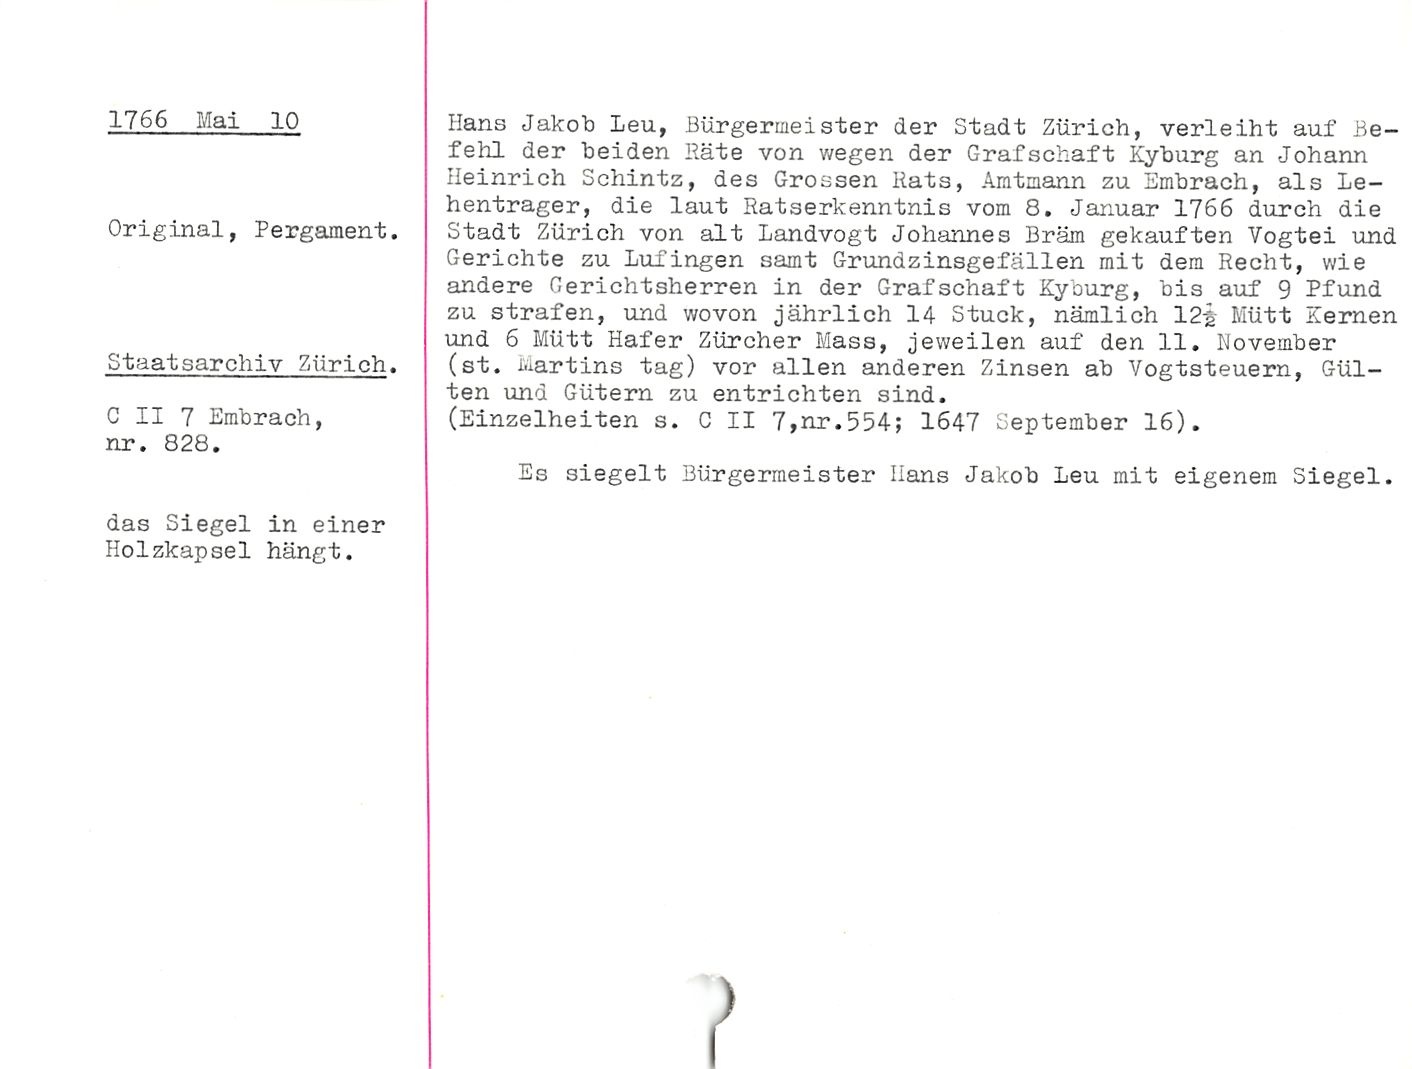
1766 Mai 10

Original, Pergament.

Staatsarchiv Zürich.

C II 7 Embrach,
nr. 828.

Hans Jakob Leu, Bürgermeister der Stadt Zürich, verleiht auf Be¬
fehl der beiden Bäte von wegen der Grafschaft Kyburg an Johann
Heinrich Schintz, des Grossen Rats, Amtmann zu Embrach, als Le-
hentrager, die laut Ratserkenntnis vom 6. Januar 1766 durch die
Stadt Zürich von alt Landvogt Johannes Bräm gekauften Vogtei und
Gerichte zu Lufingen samt Grundzinsgefällen mit dem Recht, wie
andere Gerichtsherren in der Grafschaft Kyburg, bis auf 9 Pfund
zu strafen, und wovon jährlich 14 Stuck, nämlich 12-g- Mütt Kernen
und 6 Mütt Hafer Zürcher Mass, jeweilen auf den 11. November
(st. Martins tag) vor allen anderen Zinsen ab Vogtsteuern, Gül¬
ten und Gütern zu entrichten sind.

(Einzelheiten s. C II 7,nr.554; 1647 September 16).

Es siegelt Bürgermeister Hans Jakob Leu mit eigenem Siegel.

das Siegel in einer
Holzkapsel hängt.